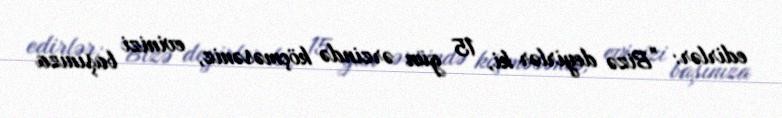
edirlər: ”Bizə deyirlər ki, 15 gün ərzində köçməsəniz, evinizi başınıza